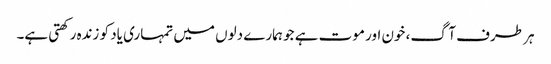
ہر طرف آگ، خون اور موت ہے جو ہمارے دلوں میں تمہاری یاد کو زندہ رکھتی ہے۔